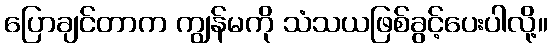
ပြောချင်တာက ကျွန်မကို သံသယဖြစ်ခွင့်ပေးပါလို့။